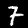
Digit: 7